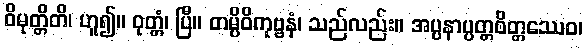
ဝိမုတ္တိတိ၊ ဟူ၍။ ဝုတ္တံ၊ ပြီ။ တမ္ပိဝိကုဗ္ဗနံ၊ သည်လည်း။ အပ္ပနာပ္ပတ္တစိတ္တဿေဝ၊